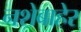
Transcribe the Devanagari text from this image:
नशेबाहेर